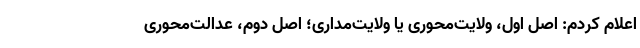
اعلام کردم: اصل اوّل، ولایت‌محوری یا ولایت‌مداری؛ اصل دوم، عدالت‌محوری